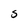
Character: S